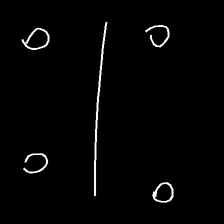
Glyph: cool